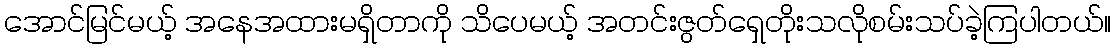
အောင်မြင်မယ့် အနေအထားမရှိတာကို သိပေမယ့် အတင်းဇွတ်ရှေတိုးသလိုစမ်းသပ်ခဲ့ကြပါတယ်။